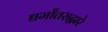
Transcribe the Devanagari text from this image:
धर्मांतराद्वारे